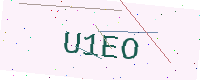
Text: U1EO